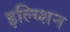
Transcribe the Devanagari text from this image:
इल्य्शिन